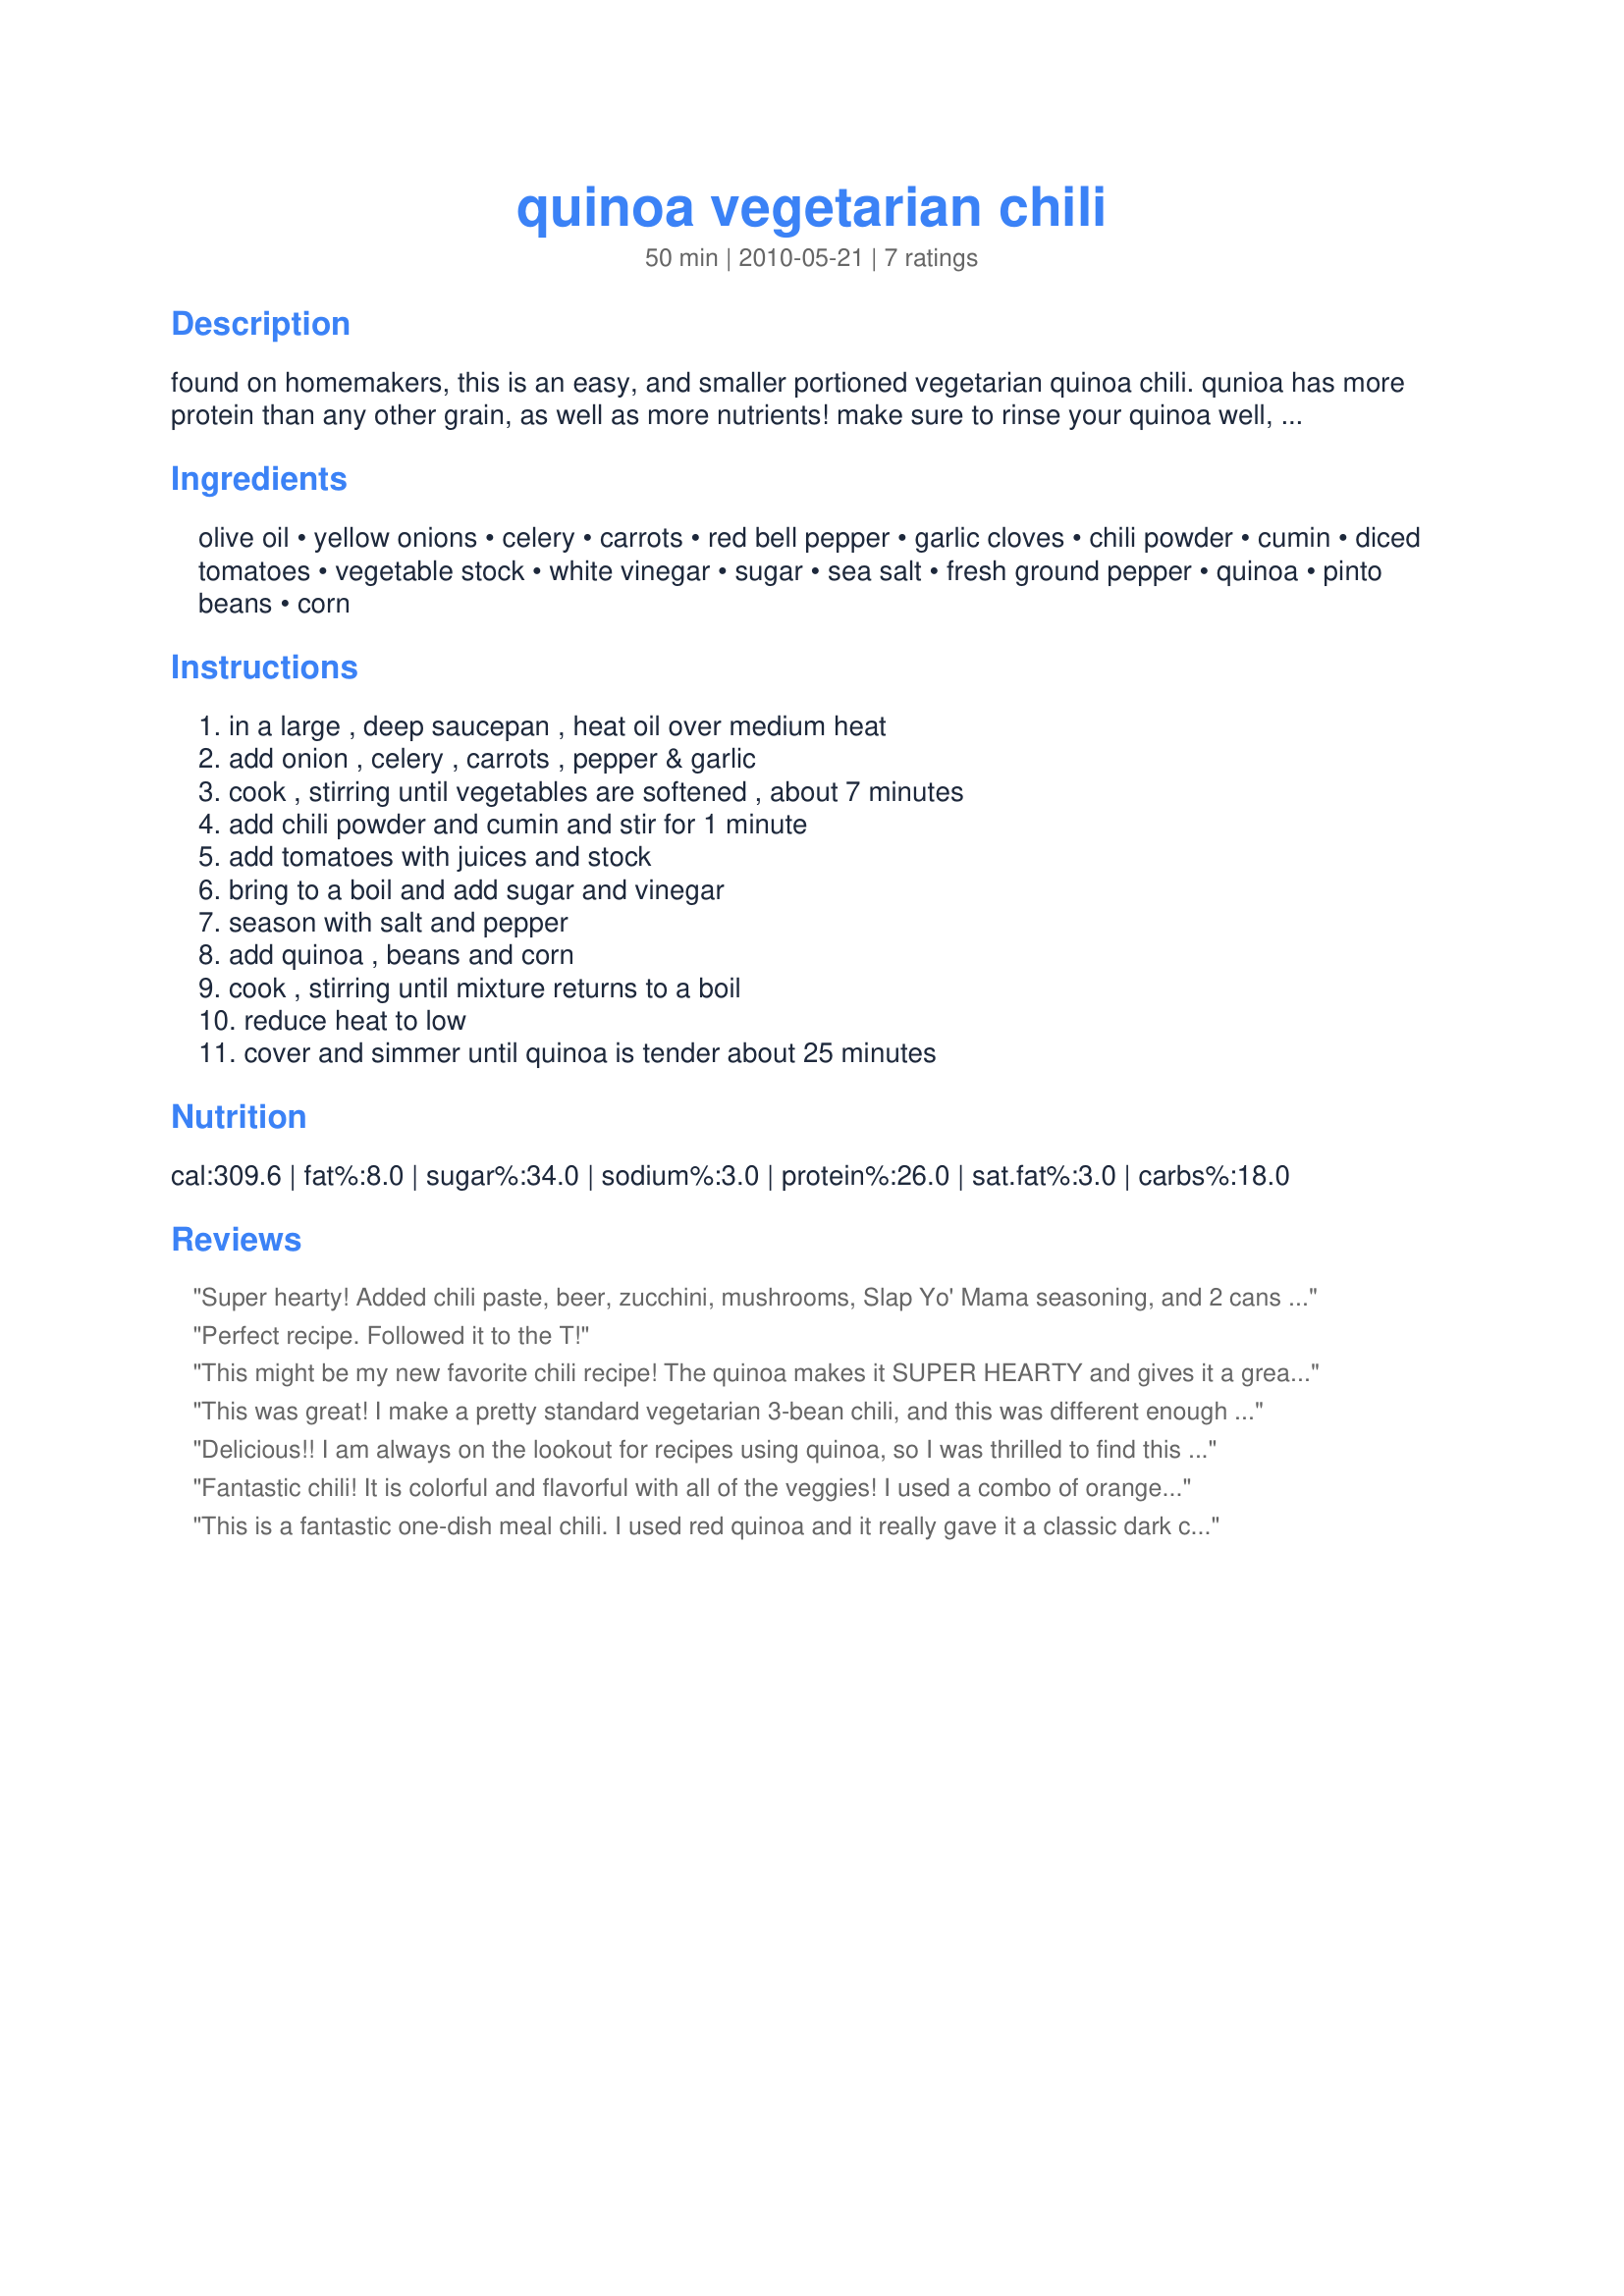
quinoa vegetarian chili
Preparation time: 50 minutes

found on homemakers, this is an easy, and smaller portioned vegetarian quinoa chili. qunioa has more protein than any other grain, as well as more nutrients! make sure to rinse your quinoa well, as this will remove any residual bitter-tasting natural saponins coating.

Ingredients:
olive oil, yellow onions, celery, carrots, red bell pepper, garlic cloves, chili powder, cumin, diced tomatoes, vegetable stock, white vinegar, sugar, sea salt, fresh ground pepper, quinoa, pinto beans, corn

Steps:
in a large , deep saucepan , heat oil over medium heat, add onion , celery , carrots , pepper & garlic, cook , stirring until vegetables are softened , about 7 minutes, add chili powder and cumin and stir for 1 minute, add tomatoes with juices and stock, bring to a boil and add sugar and vinegar, season with salt and pepper, add quinoa , beans and corn, cook , stirring until mixture returns to a boil, reduce heat to low, cover and simmer until quinoa is tender about 25 minutes

Reviews:
Super hearty! Added chili paste, beer, zucchini, mushrooms, Slap Yo' Mama seasoning, and 2 cans of 3-color beans. People have said it is the best vege chili they've ever tasted. Very healthy.
Perfect recipe. Followed it to the T!
This might be my new favorite chili recipe! The quinoa makes it SUPER HEARTY and gives it a great texture. I agree with mersaydees that it would be nice with red quinoa, but my white quinoa was just fine. I made it as directed, except that I added some sliced mushrooms with the other veggies. I served it with hot sauce and fresh cilantro. It made a TON, way more than 6 servings, probably more like 8 or 10 servings. The leftovers are really good; I'm planning to freeze some. Made for Veg*an Swap.
This was great! I make a pretty standard vegetarian 3-bean chili, and this was different enough I feel I can keep both in my go-to recipe collection. I added extra cumin and the pinto beans I used had jalapenos right in with them. Served with guacamole on top and the (normally meat eating) boyfriend loved it.
Delicious!! I am always on the lookout for recipes using quinoa, so I was thrilled to find this one. This goes together quickly and easily, and is so full of flavor. Knowing that quinoa usually soaks up a lot of the liquid in a recipe, I added an extra cup of the vegetable stock. Also, I used a can of kidney beans instead of the pinto beans, and I used the liquid from the beans. My family loved this and it will be added to my growing collection of quinoa recipes. Thank you for sharing this wonderful recipe...it is definitely a keeper!!<br/>*Made for Please Review My Recipe tag game*
Fantastic chili! It is colorful and flavorful with all of the veggies! I used a combo of orange and green peppers and pinto beans. Warming and filling, perfect for a cold day! Thanks for sharing! Veg*n Swap 30
This is a fantastic one-dish meal chili. I used red quinoa and it really gave it a classic dark chili appearance in spite of the pinto beans! The leftovers will be going to work as a hearty lunch. I served with a dollop of sour cream and some shredded cheddar cheese. Thanks, Katzen! Made for Veggie Recipe Swap, January 2011.
